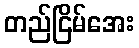
တည်ငြိမ်အေး